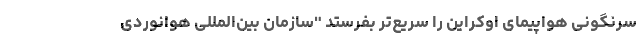
سرنگونی هواپیمای اوکراین را سریع‌تر بفرستد "سازمان بین‌المللی هوانوردی